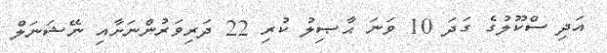
އަދި ސްކޫލުގެ ގަދަ 10 ވަނަ ޙާޞިލު ކުރި 22 ދަރިވަރުންނަށާއި ނޭޝަނަލް